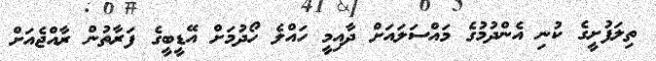
ތިލަފުށީގެ ކުނި އެންދުމުގެ މައްސަލައަށް ދާއިމީ ހައްލެ ހޯދުމަށް އޭޑީބީގެ ފަރާތުން ރާއްޖެއަށް